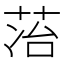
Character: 𬜷